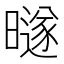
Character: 𰖱